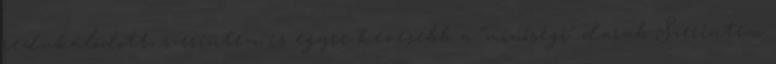
redukálódott, szerintem is egyre kevesebb a “minőségi” darab Szerintem